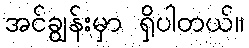
အင်ချွန်းမှာ ရှိပါတယ်။